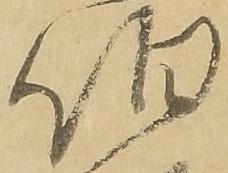
伯